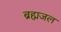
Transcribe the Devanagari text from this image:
ब्रह्मजल